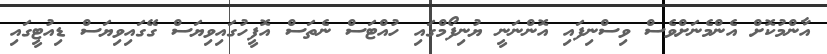
އާންމުކޮށް އެންމެނަށްވެސް ވިސްނިފައި އޮންނަނީ ޔުނިފޯމްގައި ހުއްޓަސް ނެތަސް އޮފީހުގައިވިޔަސް ގޭގައިވިޔަސް ޑިއުޓީގައި